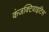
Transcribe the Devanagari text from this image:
कंजक्टिवाइटिस